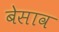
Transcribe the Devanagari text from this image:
बेसाव